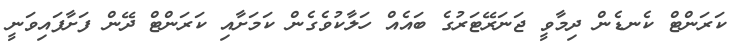
ކަރަންޓް ކެނޑެން ދިމާވީ ޖަނަރޭޓަރުގެ ބައެއް ހަލާކުވެގެން ކަމަށާއި ކަރަންޓް ދޭން ފަށާފައިވަނީ